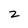
Character: z